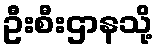
ဦးစီးဌာနသို့